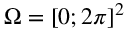
\Omega = [ 0 ; 2 \pi ] ^ { 2 }